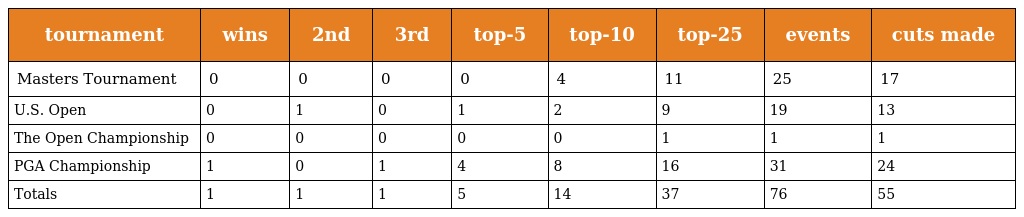
| tournament | wins | 2nd | 3rd | top-5 | top-10 | top-25 | events | cuts made |
 | --- | --- | --- | --- | --- | --- | --- | --- | --- |
 | Masters Tournament | 0 | 0 | 0 | 0 | 4 | 11 | 25 | 17 |
 | U.S. Open | 0 | 1 | 0 | 1 | 2 | 9 | 19 | 13 |
 | The Open Championship | 0 | 0 | 0 | 0 | 0 | 1 | 1 | 1 |
 | PGA Championship | 1 | 0 | 1 | 4 | 8 | 16 | 31 | 24 |
 | Totals | 1 | 1 | 1 | 5 | 14 | 37 | 76 | 55 |